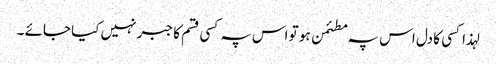
لہذا کسی کا دل اس پہ مطئمن ہو تو اس پہ کسی قسم کا جبر نہیں کیا جائے ۔